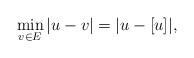
LaTeX: \begin{align*}\min_{v\in E} |u-v| = | u - [u]|, \end{align*}